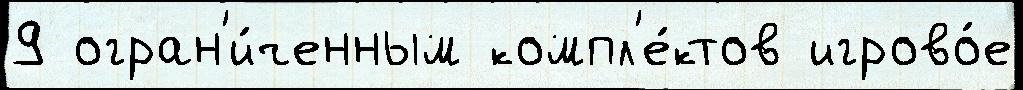
9 огран'и́ченным компл'е́ктов игрово́е